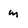
Character: m